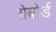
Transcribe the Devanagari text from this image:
ग्रेबोर्ड